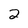
Character: 2